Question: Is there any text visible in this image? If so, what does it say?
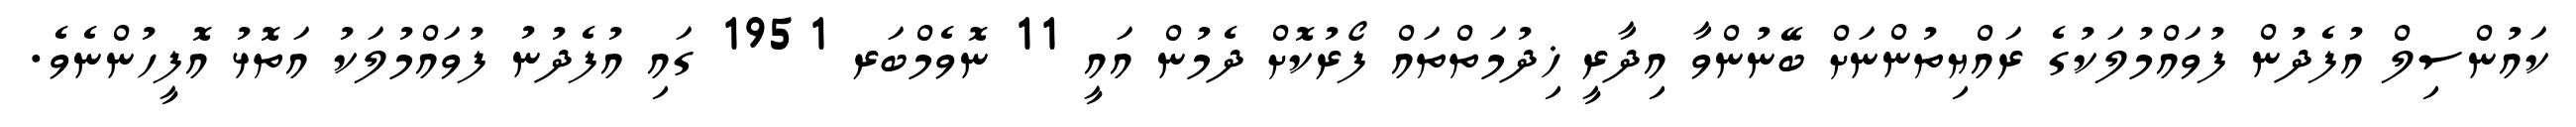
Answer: ކައުންސިލް އުފެދުން ފުވައްމުލަކުގެ ރައްޔިތުންނަށް ބޭނުންވާ އިދާރީ ޚިދުމަތްތައް ފޯރުކޮށް ދެމުން އައީ 11 ނޮވެމްބަރ 1951 ގައި އުފެދުނު ފުވައްމުލަކު އަތޮޅު އޮފީހުންނެވެ.